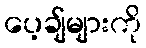
ပေ့ချ်များကို